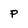
Character: p